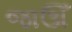
જાઊઁ